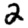
Digit: 2